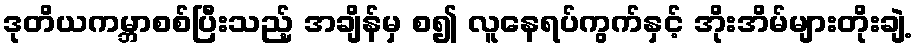
ဒုတိယကမ္ဘာစစ်ပြီးသည့် အချိန်မှ စ၍ လူနေရပ်ကွက်နှင့် အိုးအိမ်များတိုးချဲ့